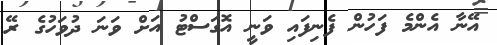
އޭނާ އެންމެ ފަހުން ފެނިފައި ވަނީ އޮގަސްޓު އަށް ވަނަ ދުވަހުގެ ރޭ